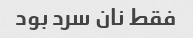
فقط نان سرد بود